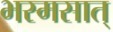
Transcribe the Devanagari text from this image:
भस्मसात्‌